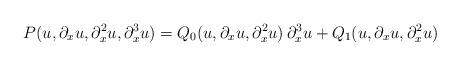
LaTeX: \begin{align*}P(u, \partial_x u, \partial_x^2 u, \partial_x^3u)= Q_0(u, \partial_x u, \partial_x^2 u)\,\partial_x^3 u+ Q_1(u, \partial_x u, \partial_x^2 u)\end{align*}